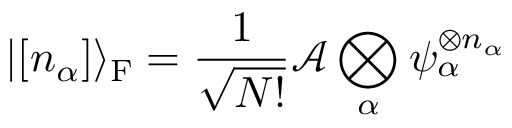
| [ n _ { \alpha } ] \rangle _ { \mathrm { { F } } } = { \frac { 1 } { \sqrt { N ! } } } { \mathcal { A } } \bigotimes _ { \alpha } \psi _ { \alpha } ^ { \otimes n _ { \alpha } }